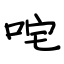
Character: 咤